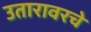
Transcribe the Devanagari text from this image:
उतारावरचे